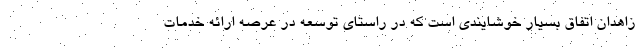
زاهدان اتفاق بسیار خوشایندی است که در راستای توسعه در عرصه ارائه خدمات